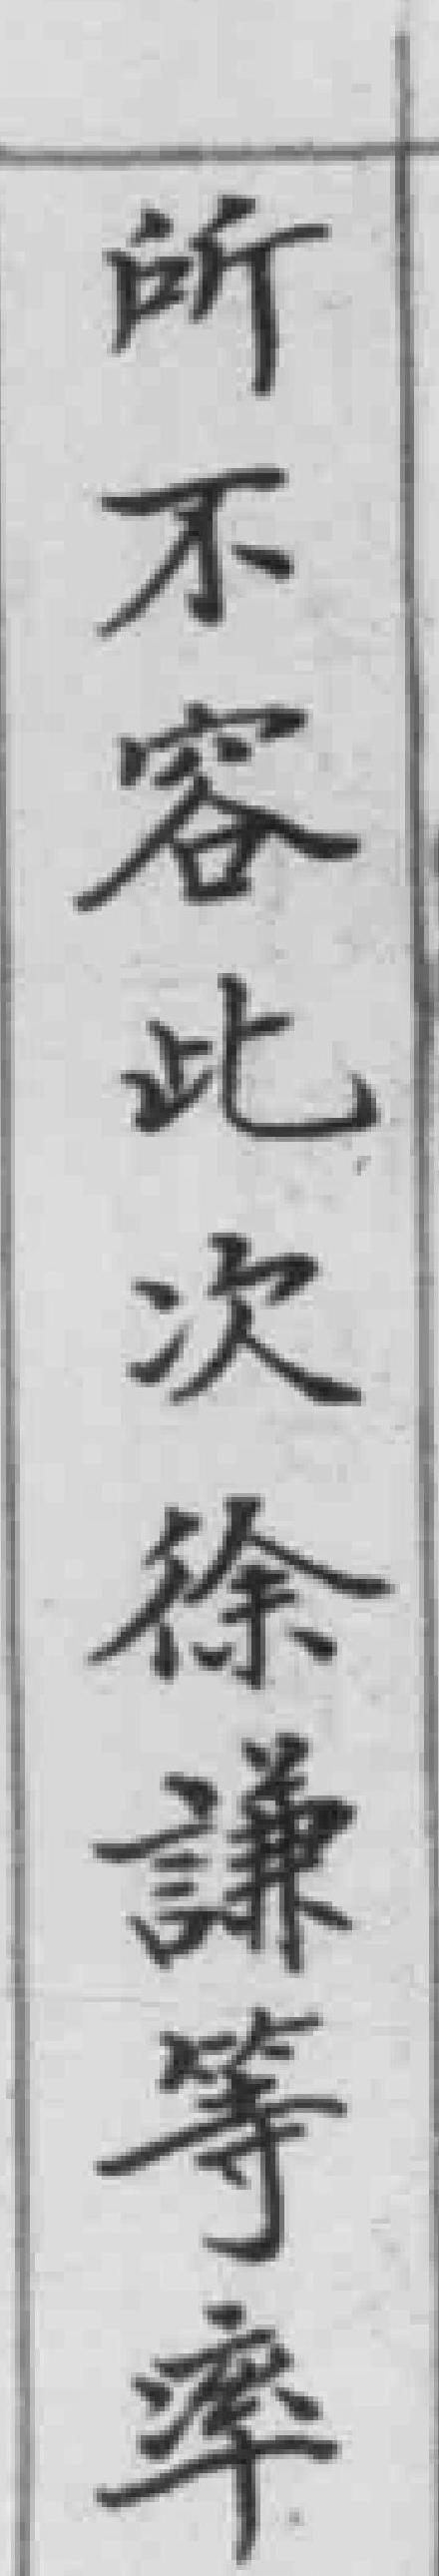
所不容此次徐謙等率